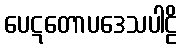
ပေဋတောပဒေသပါဠိ